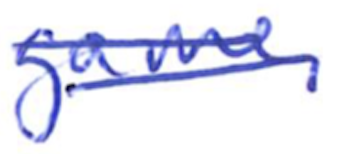
Text: game.
Cross-out: mix
Writing tool: ballpoint